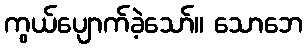
ကွယ်ပျောက်ခဲ့သော်။ သောဘေ